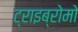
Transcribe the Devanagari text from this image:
ट्राइब्रोमो